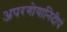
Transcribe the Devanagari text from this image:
अपरगोयानिदीपं